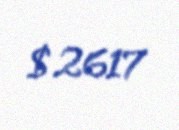
$ 2617